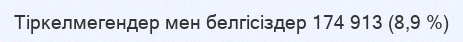
Тіркелмегендер мен белгісіздер 174 913 (8,9 %)